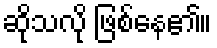
ဆိုသလို ဖြစ်နေ၏။